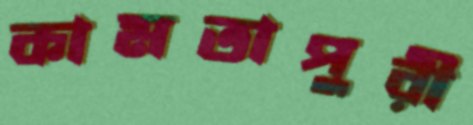
কামতাপুরী